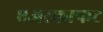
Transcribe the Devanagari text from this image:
एअरक्राफट